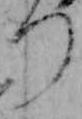
つ